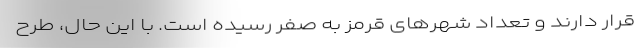
قرار دارند و تعداد شهرهای قرمز به صفر رسیده است. با این حال، طرح